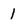
Character: 1